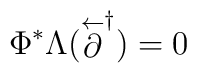
\Phi^{*} \Lambda (\stackrel{\leftarrow}{\partial}^{\dagger})=0